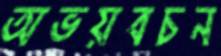
অভয়বচন